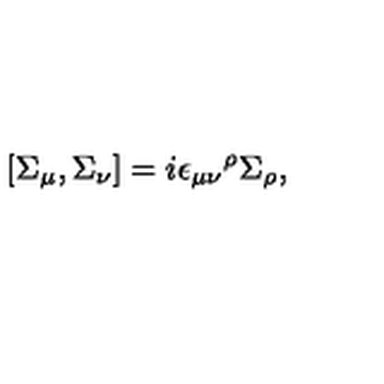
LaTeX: \left[ \Sigma _ { \mu } , \Sigma _ { \nu } \right] = i { \epsilon _ { \mu \nu } } ^ { \rho } \Sigma _ { \rho } ,